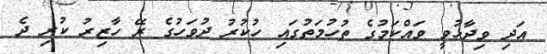
އަދި ވިދާޅުވީ ވައްކަމުގެ ތުހުމަތުގައި ހުކުރު ދުވަހުގެ ރޭ ހާޒިރު ކުރި ދެ